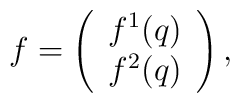
f=\left(\begin{array}{c}f^1(q)\\f^2(q)\end{array}                                      	\right),